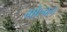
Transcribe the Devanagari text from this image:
गोल्वल